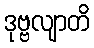
ဒုဗ္ဗလျာတိ